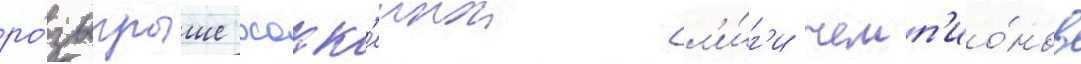
ро́зыгрыше хокк'еинои л'и́г'и чемп'ио́нов